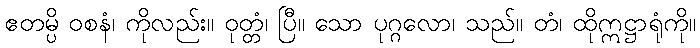
ဧတမ္ပိ ဝစနံ၊ ကိုလည်း။ ဝုတ္တံ၊ ပြီ။ သော ပုဂ္ဂလော၊ သည်။ တံ၊ ထိုဣဋ္ဌာရုံကို။